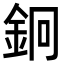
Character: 𨥽